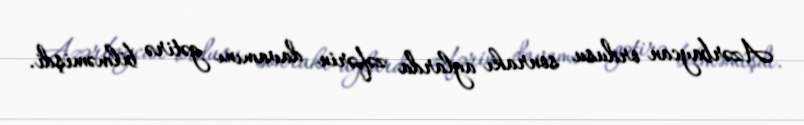
Azərbaycan ordusu sonrakı aylarda zəfərin davamını gətirə bilməmişdi.